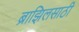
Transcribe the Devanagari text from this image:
ब्राझिलसाठी